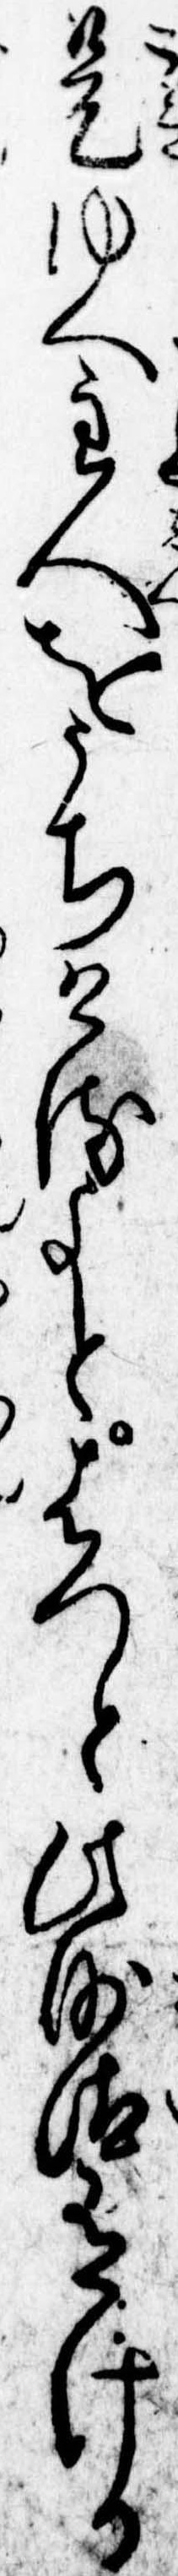
是ゆへ主人をうちけるよとはつと此沙汰有ける